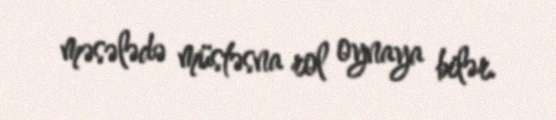
məsələdə müstəsna rol oynaya bilər.